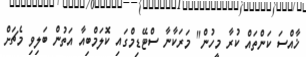
ޚާއްސަ ކަންތައް ކުރާ މީހުން" މަރަކާނާ ސްޓޭޑިމްގައި ކޮލަމްބިއާ އަތުން ބަލިވި މެޗަށް